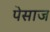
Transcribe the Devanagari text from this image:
पेसाज